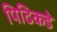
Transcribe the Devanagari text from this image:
पिढिकडे